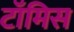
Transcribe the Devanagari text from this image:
टॉमिस